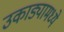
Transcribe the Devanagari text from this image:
उकाड्यामध्ये